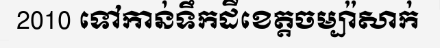
2010 ទៅកាន់ទឹកដីខេត្តចម្ប៉ាសាក់